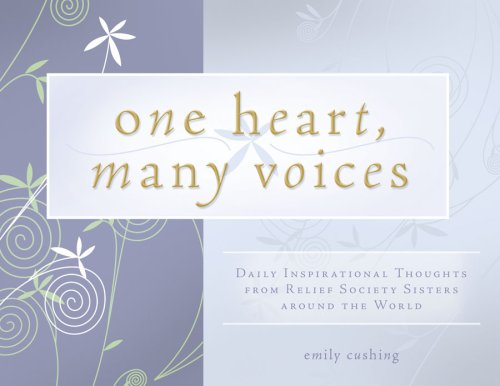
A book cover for One Heart, Many Voices Perpetual Calendar; Emily Cushing; Calendars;